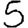
Digit: 5